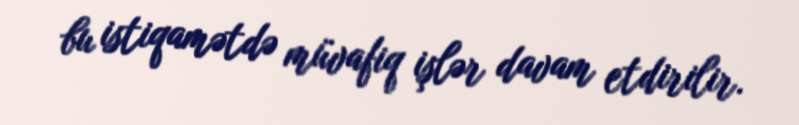
bu istiqamətdə müvafiq işlər davam etdirilir.